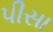
પીસા